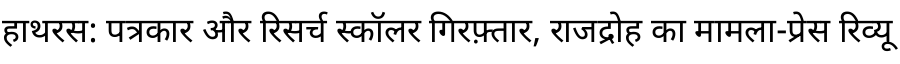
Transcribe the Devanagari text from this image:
हाथरस: पत्रकार और रिसर्च स्कॉलर गिरफ़्तार, राजद्रोह का मामला-प्रेस रिव्यू